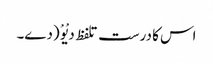
اس کا درست تلفظ دیْوْ (دے۔